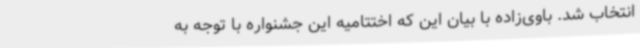
انتخاب شد. باوی‌زاده با بیان این که اختتامیه این جشنواره با توجه به